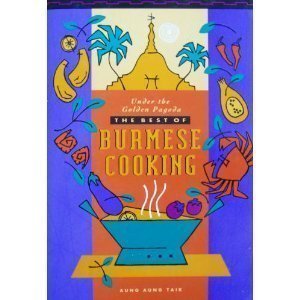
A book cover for Under the Golden Pagoda: The Best of Burmese Cooking; Aung Aung Taik; Cookbooks, Food & Wine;